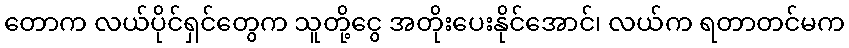
တောက လယ်ပိုင်ရှင်တွေက သူတို့ငွေ အတိုးပေးနိုင်အောင်၊ လယ်က ရတာတင်မက